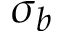
\sigma _ { b }